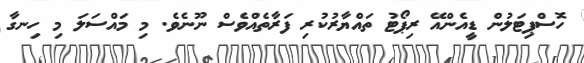
ހޮސްޕިޓަލުން ޑީއެންއޭ ރިޕޯޓު ތައްޔާރުކުރި ފަރާތެއްވެސް ނޫނެވެ. މި މައްސަލަ މި ހިނގާ